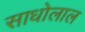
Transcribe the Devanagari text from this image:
साधोलाल